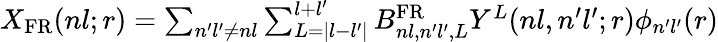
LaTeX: \begin{array}{r}{X_{\mathrm{FR}}(nl;r)=\sum_{n^{\prime}l^{\prime}\neq nl}\sum_{L=|l-l^{\prime}|}^{l+l^{\prime}}B_{nl,n^{\prime}l^{\prime},L}^{\mathrm{FR}}Y^{L}(nl,n^{\prime}l^{\prime};r)\phi_{n^{\prime}l^{\prime}}(r)}\end{array}